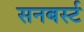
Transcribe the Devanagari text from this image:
सनबर्स्ट